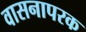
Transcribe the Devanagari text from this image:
वासनापरक